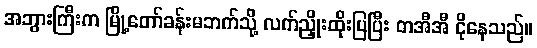
အဘွားကြီးက မြို့တော်ခန်းမဘက်သို့ လက်ညှိုးထိုးပြပြီး တအီအီ ငိုနေသည်။